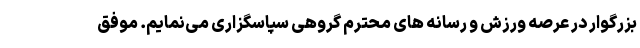
بزرگوار در عرصه ورزش و رسانه های محترم گروهی سپاسگزاری می‌نمایم. موفق